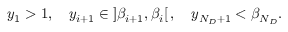
y _ { 1 } > 1 , \quad y _ { i + 1 } \in \left] \beta _ { i + 1 } , \beta _ { i } \right[ , \quad y _ { N _ { D } + 1 } < \beta _ { N _ { D } } .